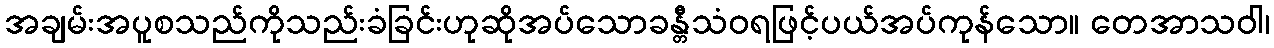
အချမ်းအပူစသည်ကိုသည်းခံခြင်းဟုဆိုအပ်သောခန္တီသံဝရဖြင့်ပယ်အပ်ကုန်သော။ တေအာသဝါ၊